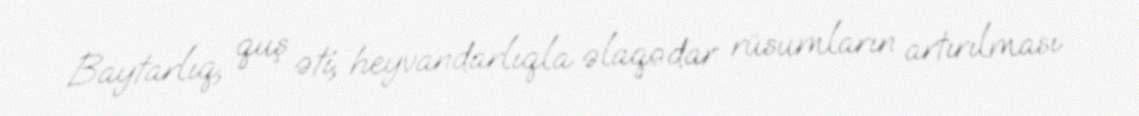
Baytarlıq, quş əti, heyvandarlıqla əlaqədar rüsumların artırılması